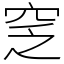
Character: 窆